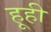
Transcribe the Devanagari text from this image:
हूही